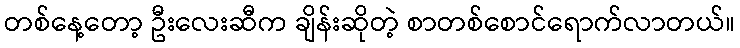
တစ်နေ့တော့ ဦးလေးဆီက ချိန်းဆိုတဲ့ စာတစ်စောင်ရောက်လာတယ်။